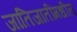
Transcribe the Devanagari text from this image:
जातिजातींमधील